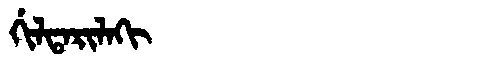
Manchu: ᡤᡳᠯᡨᠠᡵᡳᠯᠠᡴᡳ
Romanization: GILTARILAKI